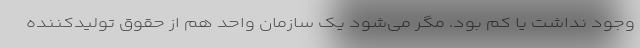
وجود نداشت یا کم بود. مگر می‌شود یک سازمان واحد هم از حقوق تولید‌کننده